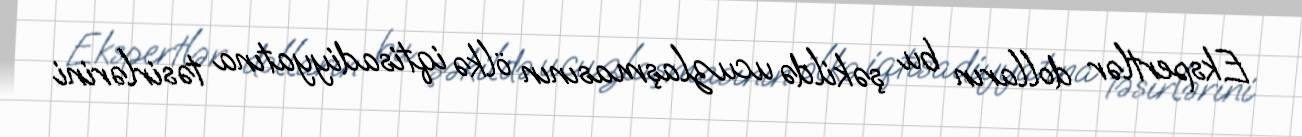
Ekspertlər dolların bu şəkildə ucuzlaşmasının ölkə iqtisadiyyatına təsirlərini